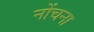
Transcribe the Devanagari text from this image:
नोंचना